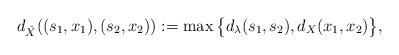
LaTeX: \begin{align*}d_{\hat X}((s_1,x_1),(s_2,x_2)):=\max\big\{d_\lambda(s_1,s_2),d_X(x_1,x_2)\big\},\end{align*}